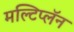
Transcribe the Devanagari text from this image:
मल्टिप्लॅन